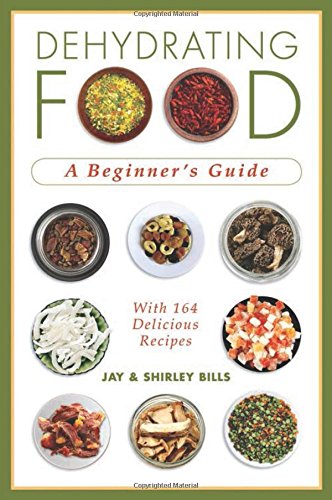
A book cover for Dehydrating Food: A Beginner's Guide; Jay Bills; Cookbooks, Food & Wine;